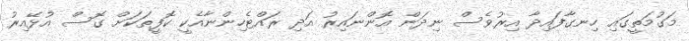
މަގުމަތީގައި ހިނގާފައިދާ އިރުވެސް ނިދަން އޮންނައިރު އަދި ރައްޓެހިންނާއެކީ ކޮފީތަކަށް ގޮސް އުޅޭއިރު